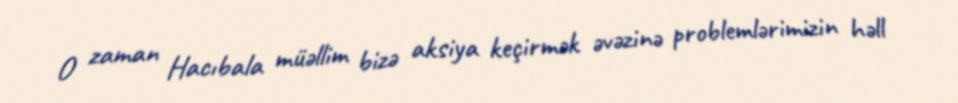
O zaman Hacıbala müəllim bizə aksiya keçirmək əvəzinə problemlərimizin həll